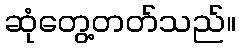
ဆုံတွေ့တတ်သည်။